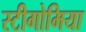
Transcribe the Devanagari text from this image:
स्टीगोमिया